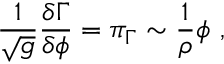
\frac 1 { \sqrt { g } } \frac { \delta \Gamma } { \delta \phi } = \pi _ { \Gamma } \sim \frac 1 \rho \phi ~ ,